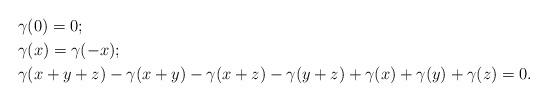
LaTeX: \begin{align*}& \gamma(0)=0;\\& \gamma(x) = \gamma(-x);\\& \gamma(x+y+z)-\gamma(x+y)-\gamma(x+z)-\gamma(y+z)+\gamma(x)+\gamma(y)+\gamma(z)=0.\end{align*}